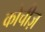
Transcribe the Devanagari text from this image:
कोचीज़